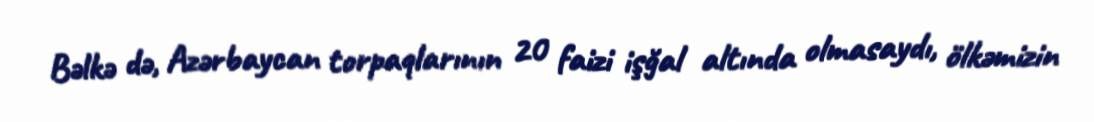
Bəlkə də, Azərbaycan torpaqlarının 20 faizi işğal altında olmasaydı, ölkəmizin